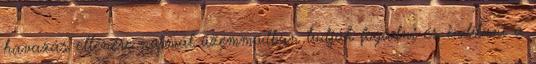
havazás ellenére normál üzemmódban tudják fogadni és indítani a